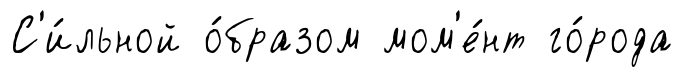
С'и́льной о́бразом мом'е́нт го́рода